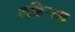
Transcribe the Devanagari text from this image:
गहिर्‍या